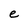
Character: e